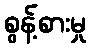
စွန့်စားမှု